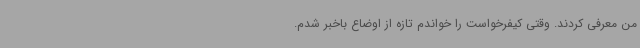
من معرفی کردند. وقتی کیفرخواست را خواندم تازه از اوضاع باخبر شدم.